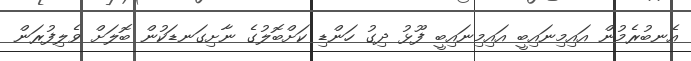
އެނބުރެމުން އައިމިނައިބީ އައިމިނައިބީ ފޫޅު ދިގު ހަންޑި ކަށްބޮލުގެ ނާށިގަނޑަކުން ބޮލަށް ވެލިފުރަން